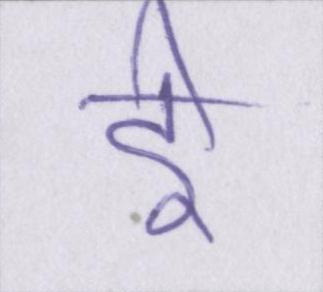
ई